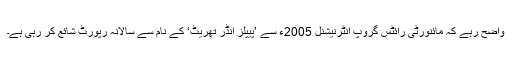
واضح رہے کہ مائنورٹی رائٹس گروپ انٹرنیشنل 2005ء سے ’پیپلز انڈر تھریٹ‘ کے نام سے سالانہ رپورٹ شائع کر رہی ہے۔